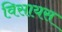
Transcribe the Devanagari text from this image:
विसायस